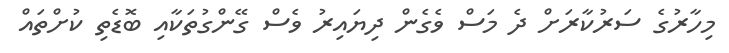
މިހާރުގެ ސަރުކާރަށް ދެ މަސް ވެގެން ދިޔައިރު ވެސް ގޭންގުތަކާއި ބޮޑެތި ކުށްތައް